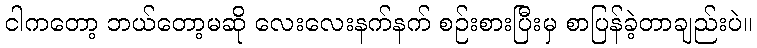
ငါကတော့ ဘယ်တော့မဆို လေးလေးနက်နက် စဉ်းစားပြီးမှ စာပြန်ခဲ့တာချည်းပဲ။